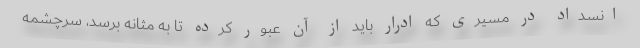
انسداد در مسیری که ادرار باید از آن عبور کرده تا به مثانه برسد، سرچشمه